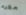
مغرم